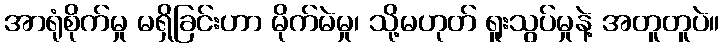
အာရုံစိုက်မှု မရှိခြင်းဟာ မိုက်မဲမှု၊ သို့မဟုတ် ရူးသွပ်မှုနဲ့ အတူတူပဲ။